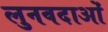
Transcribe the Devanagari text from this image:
लुनवदाओं